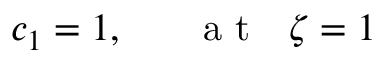
c _ { 1 } = 1 , ~ ~ ~ ~ ~ \mathrm { ~ a ~ t ~ } ~ ~ \zeta = 1